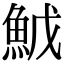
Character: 𬵇